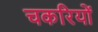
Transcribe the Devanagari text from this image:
चकरियों